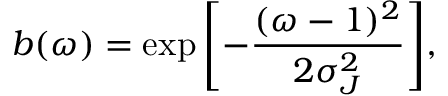
b ( \omega ) = \exp { \left[ - \frac { ( \omega - 1 ) ^ { 2 } } { 2 \sigma _ { J } ^ { 2 } } \right] } ,